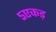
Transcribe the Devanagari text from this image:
५एकड़